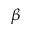
\beta